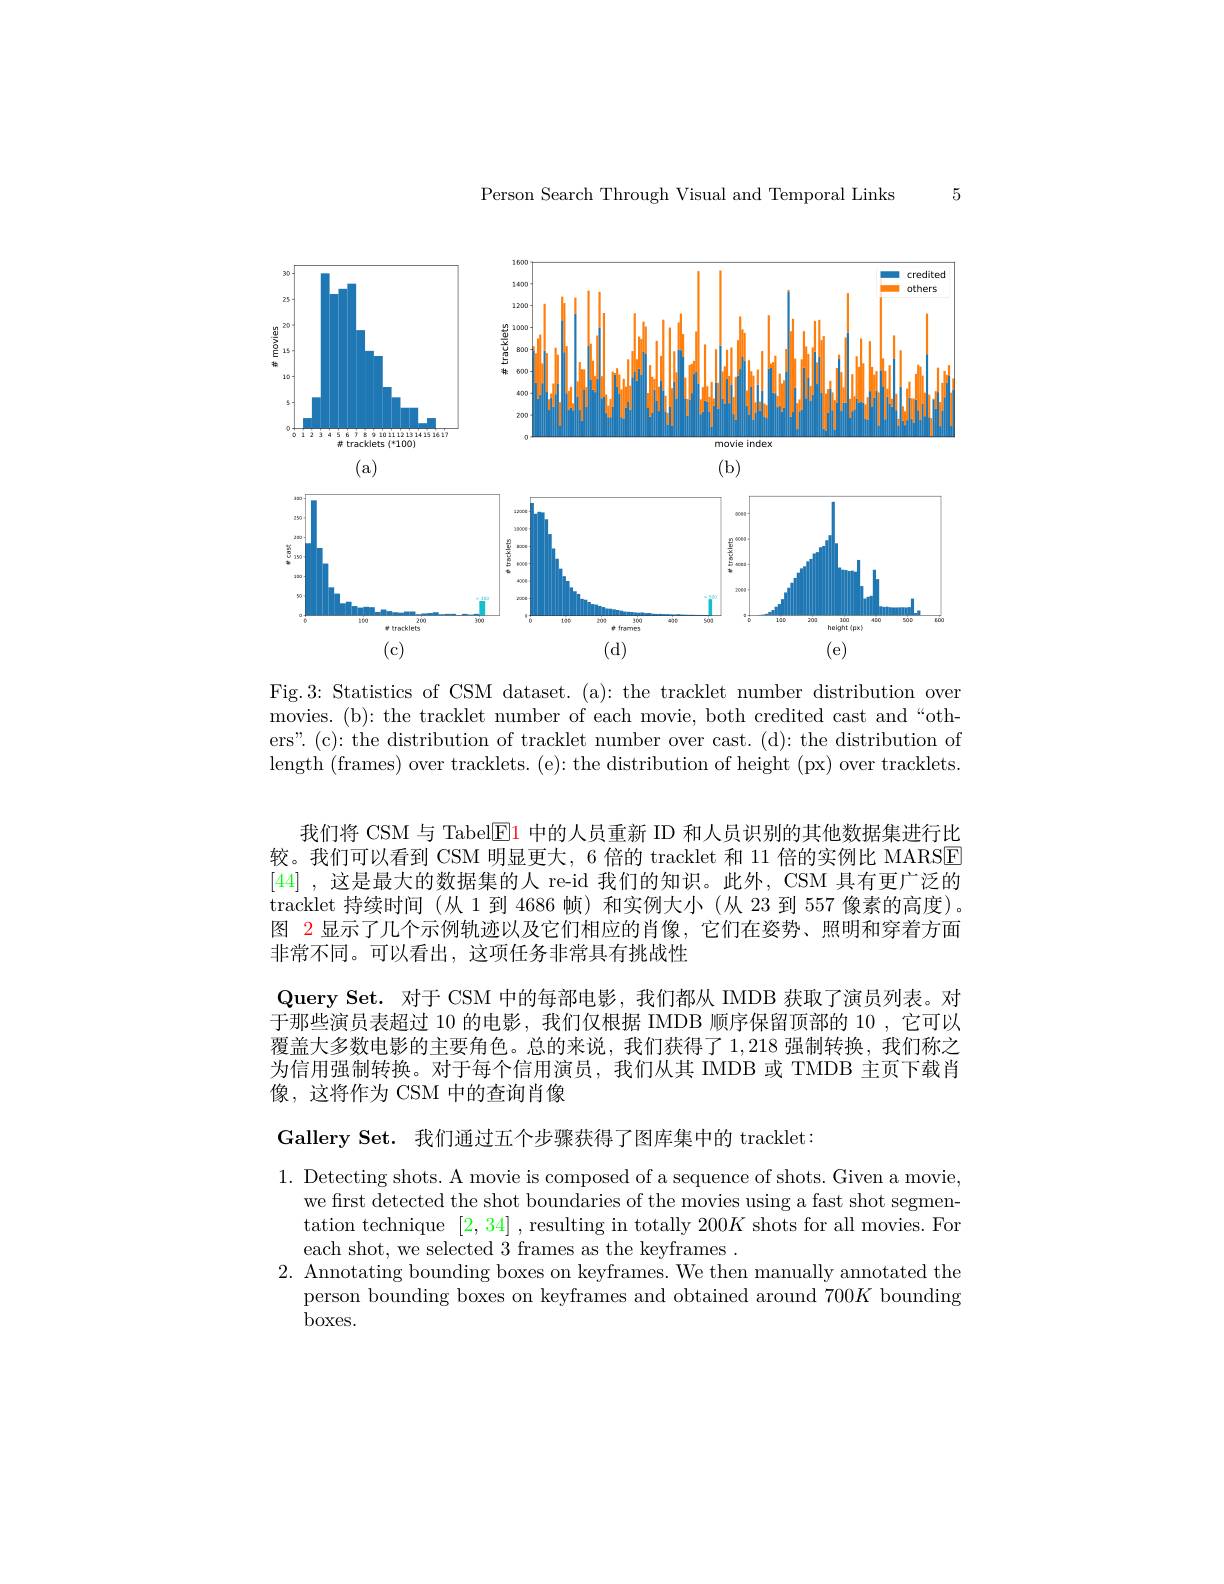
Person Search Through Visual and Temporal Links

5

<FigureHere>

Fig.3: Statistics of CSM dataset. (a): the tracklet number distribution over movies. (b): the tracklet number of each movie, both credited cast and “others".(c): the distribution of tracklet number over cast. (d): the distribution of length (frames) over tracklets. (e): the distribution of height (px) over tracklets.

我们将 CSM 与 Tabel$\boxed{\mathrm{E}}1$中的人员重新 ID 和人员识别的其他数据集进行比较。我们可以看到 CSM 明显更大，6 倍的 tracklet 和 11 倍的实例比 MARSE [44] ,这是最大的数据集的人 re-id 我们的知识。此外，CSM 具有更广泛的tracklet 持续时间 (从 1 到 4686 帧) 和实例大小 (从 23 到 557 像素的高度)。图 2 显示了几个示例轨迹以及它们相应的肖像，它们在姿势、照明和穿着方面非常不同。可以看出，这项任务非常具有挑战性
Query Set. 对于 CSM 中的每部电影，我们都从 IMDB 获取了演员列表。对于那些演员表超过 10 的电影，我们仅根据 IMDB 顺序保留顶部的 10 ,它可以覆盖大多数电影的主要角色。总的来说，我们获得了1，218强制转换，我们称之为信用强制转换。对于每个信用演员，我们从其 IMDB 或 TMDB 主页下载肖像，这将作为 CSM 中的查询肖像

Gallery Set. 我们通过五个步骤获得了图库集中的 tracklet:

1. Detecting shots. A movie is composed of a sequence of shots. Given a movie,
we first detected the shot boundaries of the movies using a fast shot segmentation technique [2,34] ,resulting in totally 200$K$ shots for all movies. For each shot, we selected 3 frames as the keyframes .
2. Annotating bounding boxes on keyframes. We then manually annotated the
person bounding boxes on keyframes and obtained around $700K$ bounding
boxes.